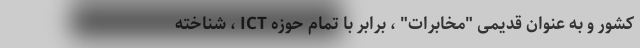
کشور و به عنوان قدیمی "مخابرات" ، برابر با تمام حوزه ICT ، شناخته